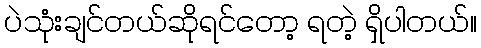
ပဲသုံးချင်တယ်ဆိုရင်တော့ ရတဲ့ ရှိပါတယ်။